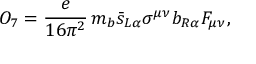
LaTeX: O _ { 7 } = \displaystyle { \frac { e } { 1 6 \pi ^ { 2 } } } \, m _ { b } \bar { s } _ { L \alpha } \sigma ^ { \mu \nu } b _ { R \alpha } F _ { \mu \nu } ,